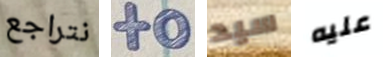
نتراجع to سيد عليه